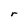
Character: r